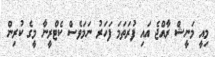
މިއީ މަނީޝް ރާއްޖެ އައި ފުރަތަމަ ފަހަރު ނަމަވެސް ކެޓްރީނާ މީގެ ކުރިން